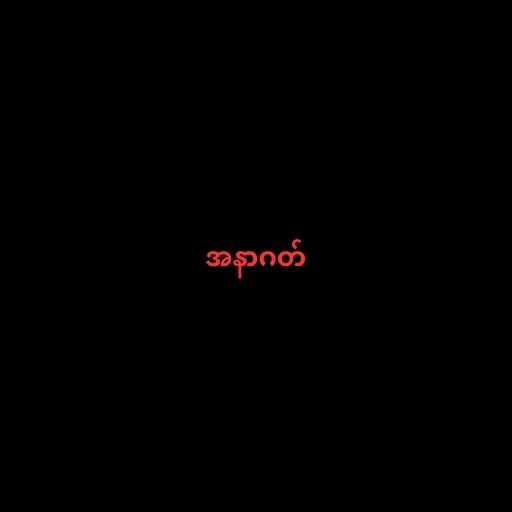
အနာဂတ်